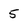
Character: 5